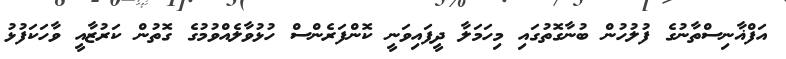
އަފްޣާނިސްތާނުގެ ފުލުހުން ބުނާގޮތުގައި މިހަމަލާ ދީފައިވަނީ ކޮންފަރެންސް ހުޅުވާލެއްވުމުގެ ގޮތުން ކަރުޒާއީ ވާހަކަފުޅު